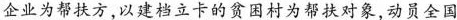
企业为帮扶方，以建档立卡的贫困村为帮扶对象，动员全国